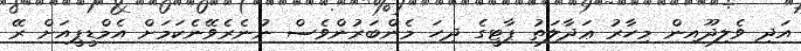
އަދި ވެލިދޫއިން މިހާރު ޢަދާލަތު ޕާޓީގެ ދިހަ މެންބަރުންވެސް ނުނެރެވޭނެކަމަށް އެމްޑީޕީއަށް ރޭ